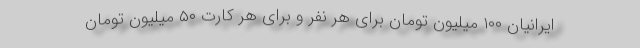
ایرانیان ۱۰۰ میلیون تومان برای هر نفر و برای هر کارت ۵۰ میلیون تومان